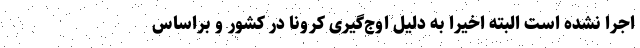
اجرا نشده است البته اخیراً به دلیل اوج‌گیری کرونا در کشور و براساس